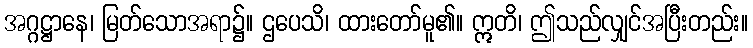
အဂ္ဂဋ္ဌာနေ၊ မြတ်သောအရာ၌။ ဌပေသိ၊ ထားတော်မူ၏။ ဣတိ၊ ဤသည်လျှင်အပြီးတည်း။